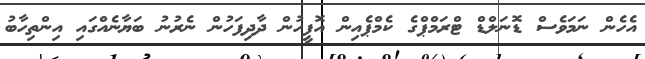
އެހެން ނަމަވެސް ޑޮނަލްޑް ޓްރަމްޕްގެ ކެމްޕެއިން އޮފީހުން ދާދިފަހުން ނެރުނު ބަޔާނެއްގައި އިންތިހާބު